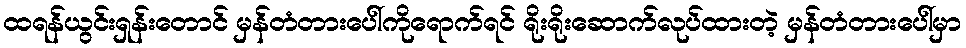
ထရန်ယွင်းရှန်းတောင် မှန်တံတားပေါ်ကိုရောက်ရင် ရိုးရိုးဆောက်လုပ်ထားတဲ့ မှန်တံတားပေါ်မှာ